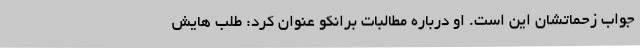
جواب زحماتشان این است. او درباره مطالبات برانکو عنوان کرد: طلب هایش